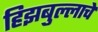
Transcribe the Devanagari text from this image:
हिझबुल्लाचे